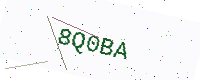
Text: 8Q0BA